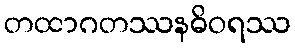
တထာဂတဿနဓိဝရဿ